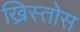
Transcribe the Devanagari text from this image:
ख्रिस्‍तोस